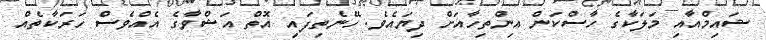
ޝައިމްއާއި މަލަކާގެ ހާސްކަން އިންތިހާއަށް ދިޔައެވެ. ހޭނެތިފައި އޮތް އަޝްވާގެ އެއްވެސް ހަރަކާތެއް